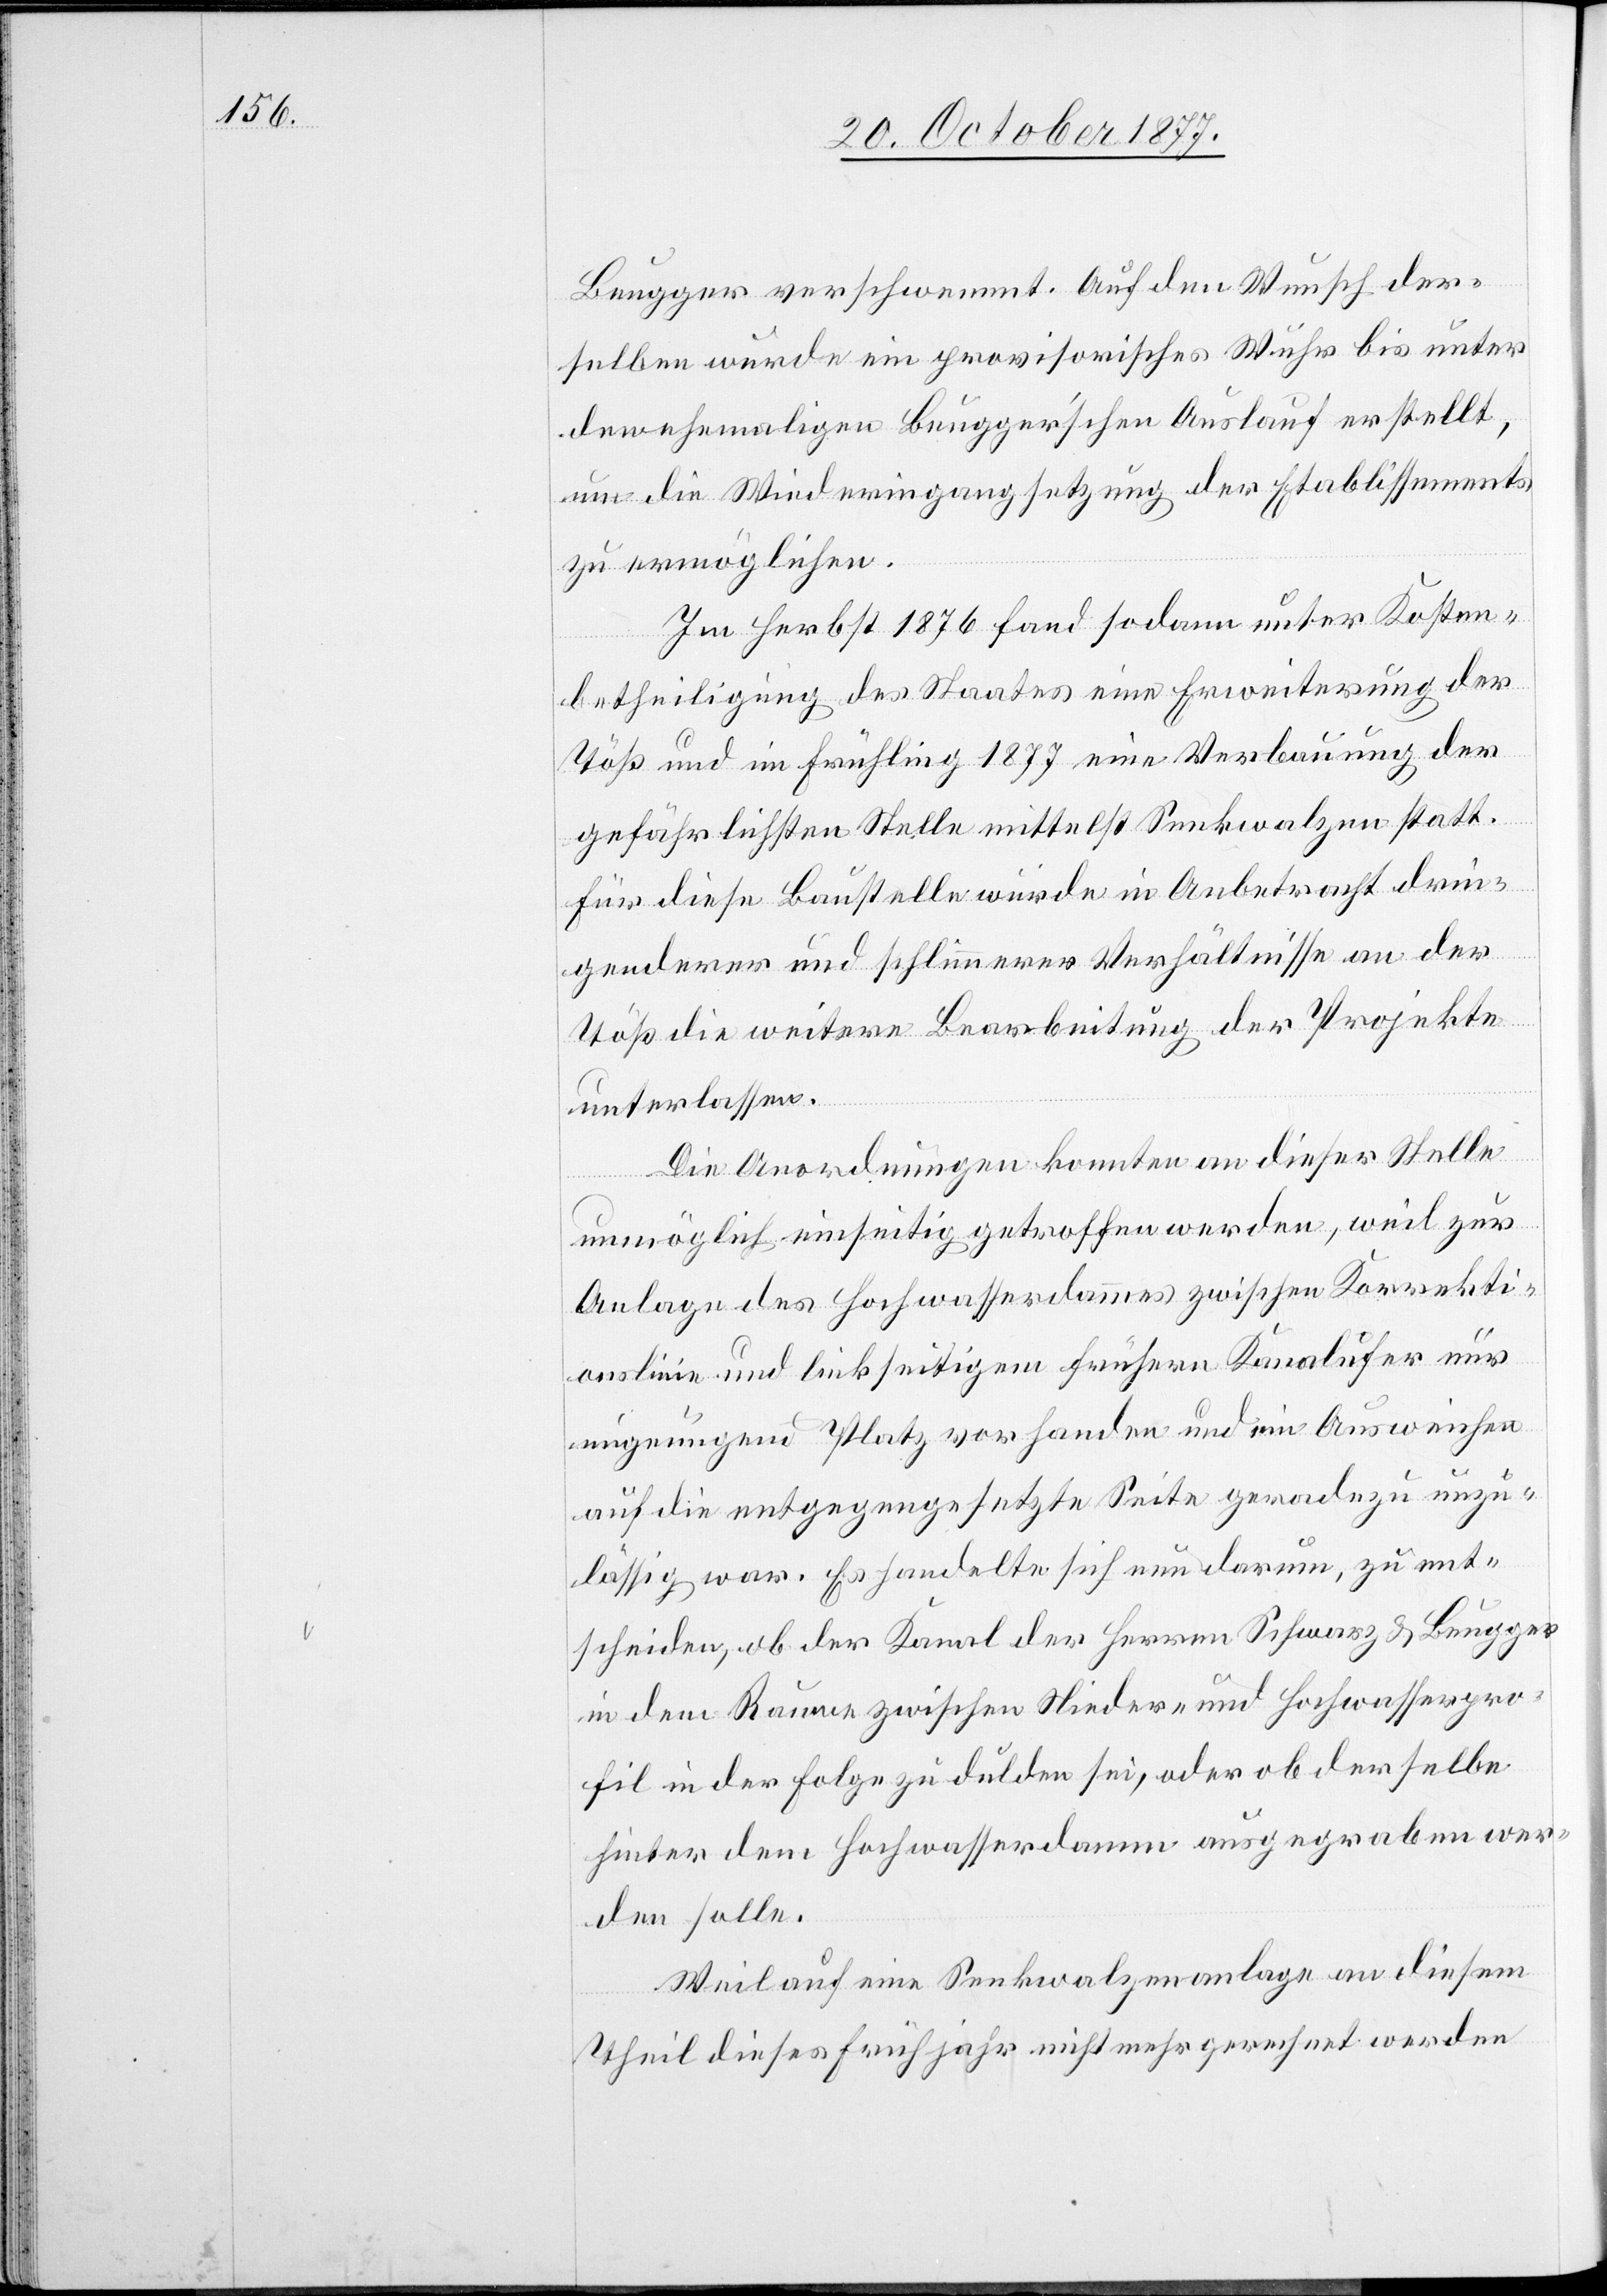
Beugger verschwemmt. Auf den Wunsch der¬
selben wurde ein provisorisches Wuhr bis unter
den ehemaligen Beugger’schen Auslauf erstellt,
um die Wiederingangsetzung der Etablissements
zu ermöglichen.
Im Herbst 1876 fand sodann unter Kosten¬
betheiligung des Staates eine Erweiterung der
Töß und im Frühling 1877 eine Verbauung der
gefährlichsten Stelle mittelst Senkwalzen statt.
Für diese Baustelle wurde in Anbetracht drin¬
genderer und schlimmerer Verhältnisse an der
Töß die weitere Bearbeitung der Projekte
unterlassen.
Die Anordnungen konnten an dieser Stelle
unmöglich einseitig getroffen werden, weil zur
Anlage des Hochwasserdammes zwischen Korrekti¬
onslinie und linkseitigem frühern Kanalufer nur
ungenügend Platz vorhanden und ein Ausweichen
auf die entgegengesetzte Seite geradezu unzu¬
lässig war. Es handelte sich nun darum, zu ent¬
scheiden, ob der Kanal der Herren Schwarz & Beugger
in dem Raume zwischen Nieder- und Hochwasserpro¬
fil in der Folge zu dulden sei, oder ob derselbe
hinter dem Hochwasserdamm ausgegraben wer¬
den solle.
Weil auf eine Senkwalzenanlage an diesem
Theil dieses Frühjahr nicht mehr gerechnet werden